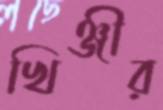
খিঞ্জীর